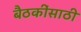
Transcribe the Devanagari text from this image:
बैठकींसाठी